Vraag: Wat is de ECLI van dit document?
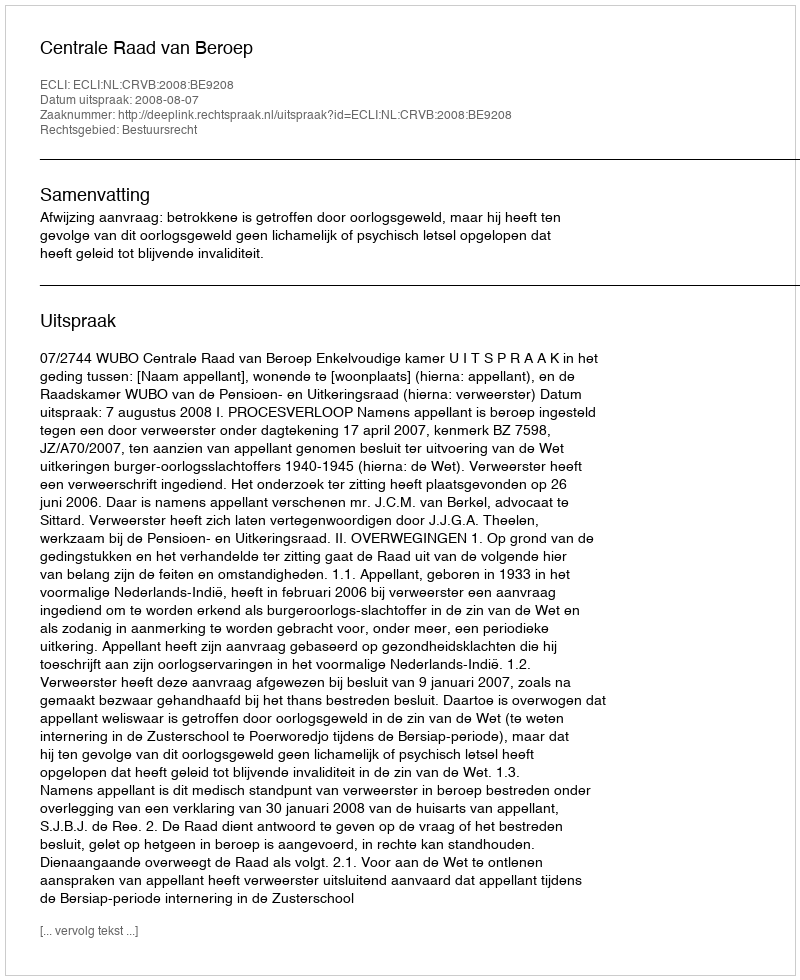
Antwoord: ECLI:NL:CRVB:2008:BE9208